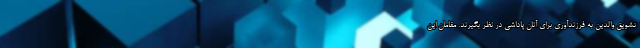
تشویق والدین به فرزندآوری برای آنان پاداشی در نظر بگیرند. مقامان این